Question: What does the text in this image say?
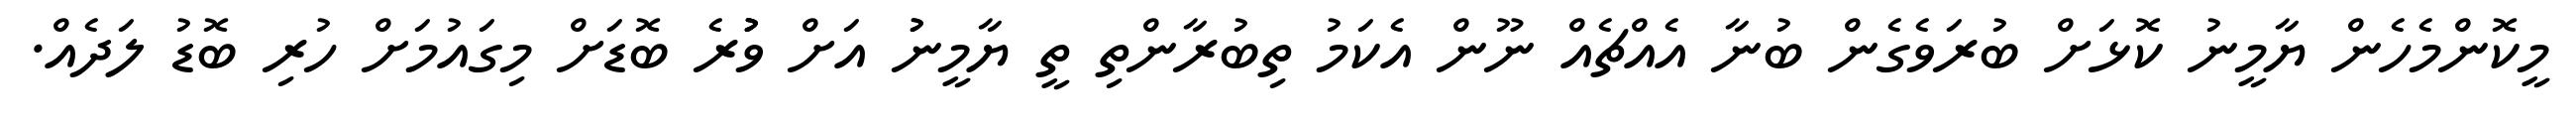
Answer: މީކޮންމެހެން ޔާމީނު ކޮޅަށް ބުރަވެގެން ބުނާ އެއްޗެއް ނޫން އެކަމު ތިބުރާންތި ތީ ޔާމީނުު އަށް ވުުުރެ ބޮޑަށް މިގައުމަށް ހުރި ބޮޑު ލަދެއް.